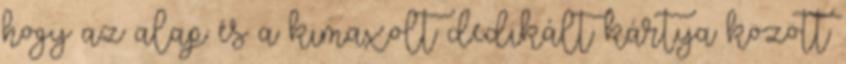
hogy az alap és a kimaxolt dedikált kártya között